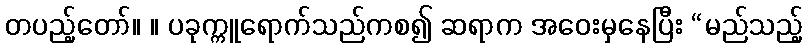
တပည့်တော်။ ။ ပခုက္ကူရောက်သည်ကစ၍ ဆရာက အဝေးမှနေပြီး “မည်သည့်